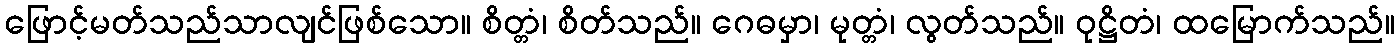
ဖြောင့်မတ်သည်သာလျင်ဖြစ်သော။ စိတ္တံ၊ စိတ်သည်။ ဂေဓမှာ၊ မုတ္တံ၊ လွတ်သည်။ ဝုဋ္ဌိတံ၊ ထမြောက်သည်။